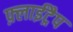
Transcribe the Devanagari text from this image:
फ़्लाईट्रैप